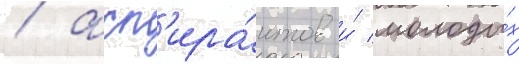
/ асп'ира́нтов и́ молоды́х